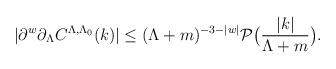
LaTeX: \begin{align*} |\partial ^w \partial _{\Lambda} C^{\Lambda,\Lambda_0}(k)| \le (\Lambda +m)^{-3-|w|} \mathcal{P} \bigl( \frac{|k|}{\Lambda+m} \bigr) .\end{align*}